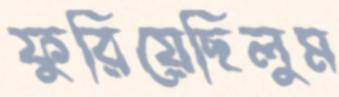
ফুরিয়েছিলুম